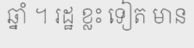
ឆ្នាំ ។ រដ្ឋ ខ្លះ ទៀត មាន